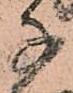
子